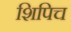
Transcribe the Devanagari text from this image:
शिपिच